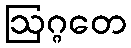
ဩဂ္ဂတေ